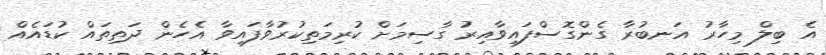
އެ ބިލް މިހާރު އަނބުރާ ގެންގޮސްފައިވާއިރު ގާސިމަށް ކުރިމަތިކުރުވާފައިވާ އެހެން ދަތިތައް ކުޑައެއް